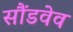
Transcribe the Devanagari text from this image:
सौंडवेव